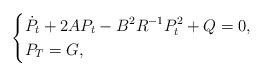
\begin{align*}\left\{\begin{aligned}&\dot{P}_t+2AP_t-B^2R^{-1}P^2_t+Q=0,\\&P_T=G,\end{aligned}\right.\end{align*}